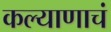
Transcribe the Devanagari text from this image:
कल्याणाचं